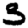
Digit: 3